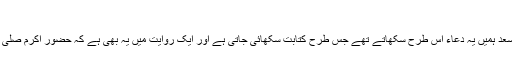
مسلم )
بخاری کی ایک روایت میں یہ الفاظ بھی ہیں کہ حضرت سعد ہمیں یہ دعاء اس طرح سکھاتے تھے جس طرح کتابت سکھائی جاتی ہے اور ایک روایت میں یہ بھی ہے کہ حضور اکرم صلی اللہ علیہ وسلم ہر نماز کے بعد یہ دعاء پڑھا کرتے تھے ۔